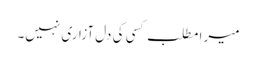
میرا مطلب کسی کی دل آزاری نہیں۔